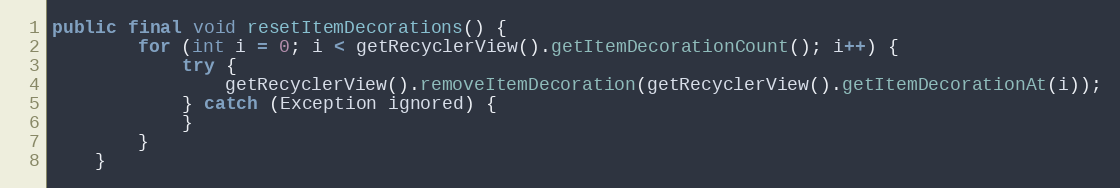
Language: Java
public final void resetItemDecorations() {
        for (int i = 0; i < getRecyclerView().getItemDecorationCount(); i++) {
            try {
                getRecyclerView().removeItemDecoration(getRecyclerView().getItemDecorationAt(i));
            } catch (Exception ignored) {
            }
        }
    }